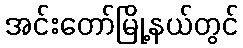
အင်းတော်မြို့နယ်တွင်